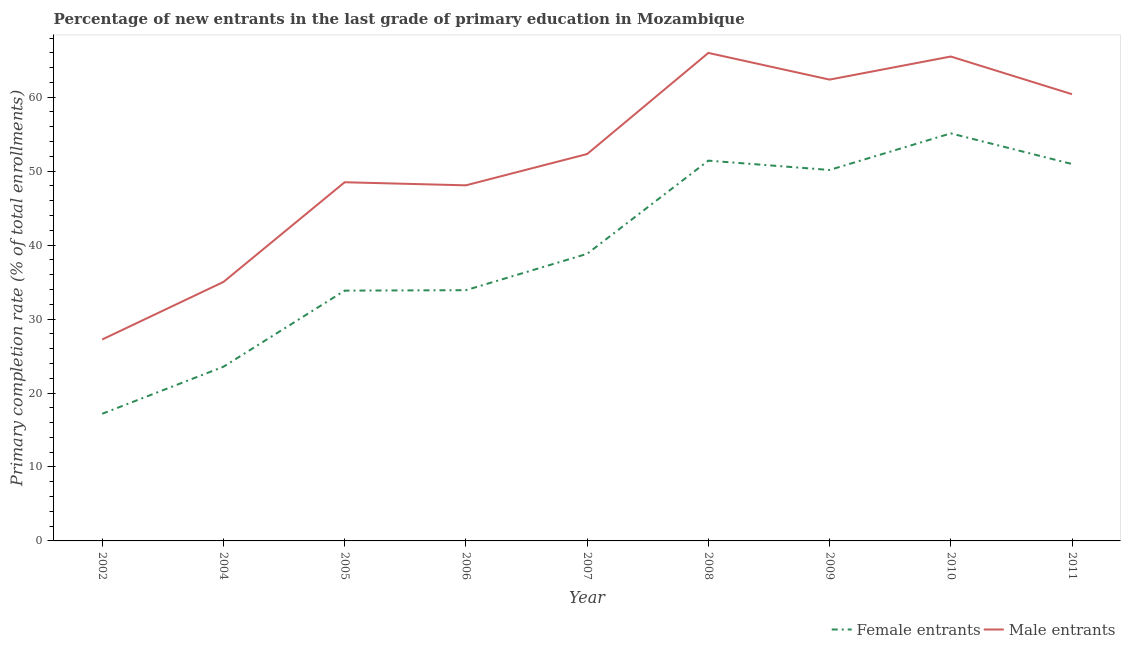
| Year | Female entrants | Male entrants |
 | --- | --- | --- |
 | 2002 | 17.2 | 27.2 |
 | 2004 | 23.6 | 35 |
 | 2005 | 33.8 | 48.5 |
 | 2006 | 33.9 | 48.1 |
 | 2007 | 38.8 | 52.3 |
 | 2008 | 51.4 | 66 |
 | 2009 | 50.2 | 62.4 |
 | 2010 | 55.1 | 65.5 |
 | 2011 | 51 | 60.4 |